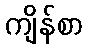
ကျိန်စာ